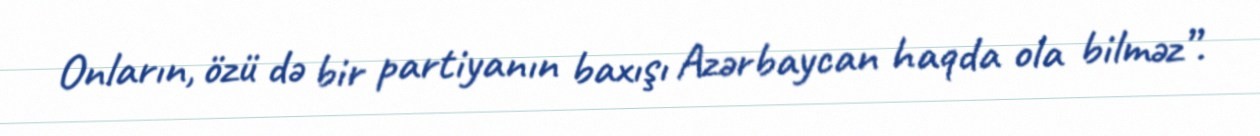
Onların, özü də bir partiyanın baxışı Azərbaycan haqda ola bilməz”.